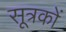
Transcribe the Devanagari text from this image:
सूत्रकों